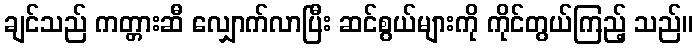
ချင်သည် ကတ္တားဆီ လျှောက်လာပြီး ဆင်စွယ်များကို ကိုင်တွယ်ကြည့် သည်။